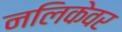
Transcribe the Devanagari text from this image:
नलिकेवर